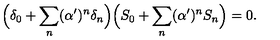
\Big ( \delta _ { 0 } + \sum _ { n } ( \alpha ^ { \prime } ) ^ { n } \delta _ { n } \Big ) \Big ( S _ { 0 } + \sum _ { n } ( \alpha ^ { \prime } ) ^ { n } S _ { n } \Big ) = 0 .